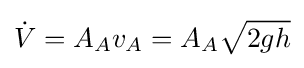
{\dot {V}}=A_{A}v_{A}=A_{A}{\sqrt {2gh}}